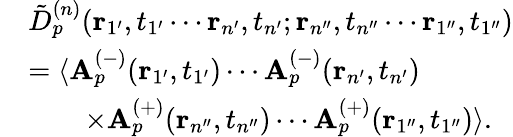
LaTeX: \begin{array}{rl}&{\tilde{D}_{p}^{(n)}(\mathbf{r}_{1^{\prime}},t_{1^{\prime}}\cdots\mathbf{r}_{n^{\prime}},t_{n^{\prime}};\mathbf{r}_{n^{\prime\prime}},t_{n^{\prime\prime}}\cdots\mathbf{r}_{1^{\prime\prime}},t_{1^{\prime\prime}})}\\ &{=\langle\mathbf{A}_{p}^{(-)}(\mathbf{r}_{1^{\prime}},t_{1^{\prime}})\cdots\mathbf{A}_{p}^{(-)}(\mathbf{r}_{n^{\prime}},t_{n^{\prime}})}\\ &{\qquad\times\mathbf{A}_{p}^{(+)}(\mathbf{r}_{n^{\prime\prime}},t_{n^{\prime\prime}})\cdots\mathbf{A}_{p}^{(+)}(\mathbf{r}_{1^{\prime\prime}},t_{1^{\prime\prime}})\rangle.}\end{array}